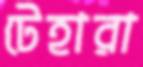
টেহারা